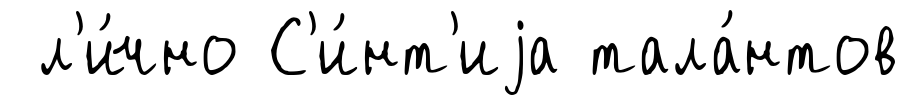
л'и́чно С'и́нт'иjа тала́нтов